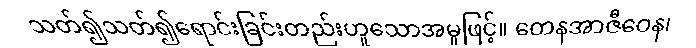
သတ်၍သတ်၍ရောင်းခြင်းတည်းဟူသောအမှုဖြင့်။ တေနအာဇီဝေန၊